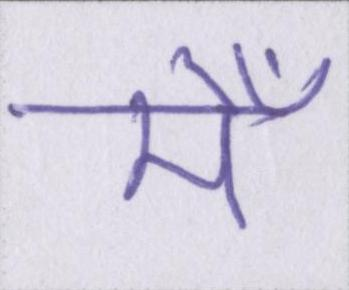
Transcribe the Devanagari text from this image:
मेँ